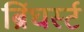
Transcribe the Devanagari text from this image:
ब्रिंघर्स्‍ट